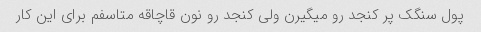
پول سنگک پر کنجد رو میگیرن ولی کنجد رو نون قاچاقه متاسفم برای این کار